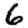
Digit: 6